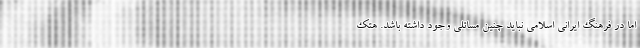
اما در فرهنگ ایرانی اسلامی نباید چنین مسائلی وجود داشته باشد. هتک